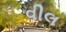
વીલ